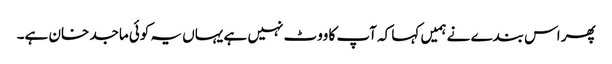
پھر اس بندے نے ہمیں کہا کہ آپ کا ووٹ نہیں ہے یہاں یہ کوئی ماجد خان ہے۔